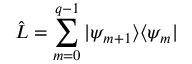
\hat { L } = \sum _ { m = 0 } ^ { q - 1 } | \psi _ { m + 1 } \rangle \langle \psi _ { m } |